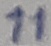
Text: 11